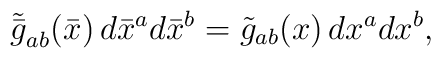
\tilde {\bar g}_{ab}(\bar x)\, d\bar x^a d\bar x^b = \tilde {g}_{ab}(x)\, dx^a dx^b,